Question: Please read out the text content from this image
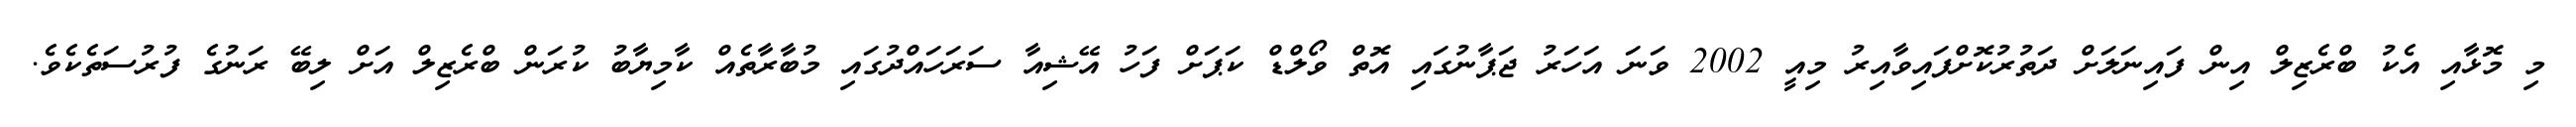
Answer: މި މޮޅާއި އެކު ބްރެޒިލް އިން ފައިނަލަށް ދަތުރުކޮށްފައިވާއިރު މިއީ 2002 ވަނަ އަހަރު ޖަޕާނުގައި އޮތް ވޯލްޑް ކަޕަށް ފަހު އޭޝިއާ ސަރަހައްދުގައި މުބާރާތެއް ކާމިޔާބު ކުރަން ބްރެޒިލް އަށް ލިބޭ ރަނުގެ ފުރުސަތެކެވެ.